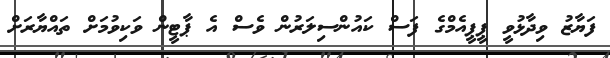
ފަޔާޒު ވިދާޅުވީ ޕީޕީއެމްގެ ފަސް ކައުންސިލަރުން ވެސް އެ ޕާޓީން ވަކިވުމަށް ތައްޔާރަށް